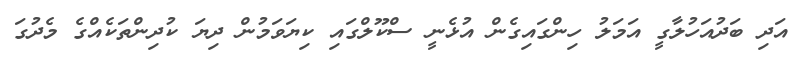
އަދި ބަދުއަހުލާގީ އަމަލު ހިންގައިގެން އުޅެނީ ސްކޫލްގައި ކިޔަވަމުން ދިޔަ ކުދިންތަކެއްގެ މެދުގަ